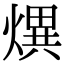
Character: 熼